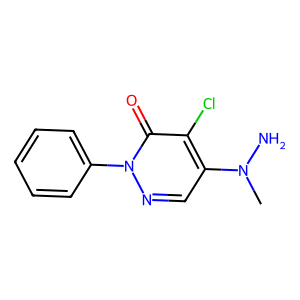
SMILES: CN(N)c1cnn(-c2ccccc2)c(=O)c1Cl
Inhibits HIV replication: No